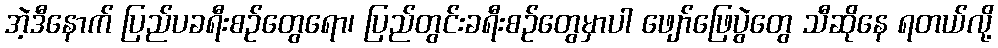
အဲ့ဒီနောက် ပြည်ပခရီးစဉ်တွေရော၊ ပြည်တွင်းခရီးစဉ်တွေမှာပါ ဖျော်ဖြေပွဲတွေ သီဆိုနေ ရတယ်လို့